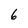
Character: 6